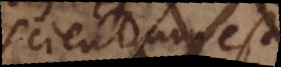
scientia est